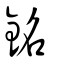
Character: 銘